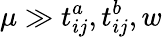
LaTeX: \mu\gg t_{ij}^{a},t_{ij}^{b},w